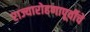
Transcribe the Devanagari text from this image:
राज्यारोहणापूर्वीचे